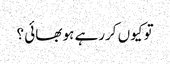
تو کیوں کررہے ہو بھائی ؟